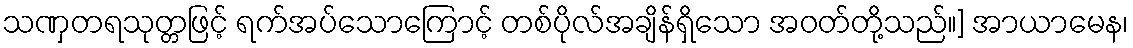
သဏှတရသုတ္တဖြင့် ရက်အပ်သောကြောင့် တစ်ပိုလ်အချိန်ရှိသော အဝတ်တို့သည်။] အာယာမေန၊